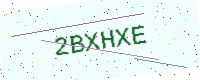
Text: 2BXHXE